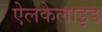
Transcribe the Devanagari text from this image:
ऐलकेलाइड